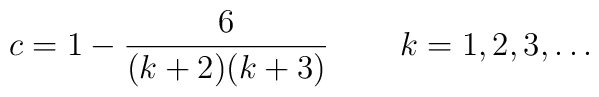
c=1-\frac{6}{(k+2)(k+3)}\,\qquad k=1,2,3,\ldots